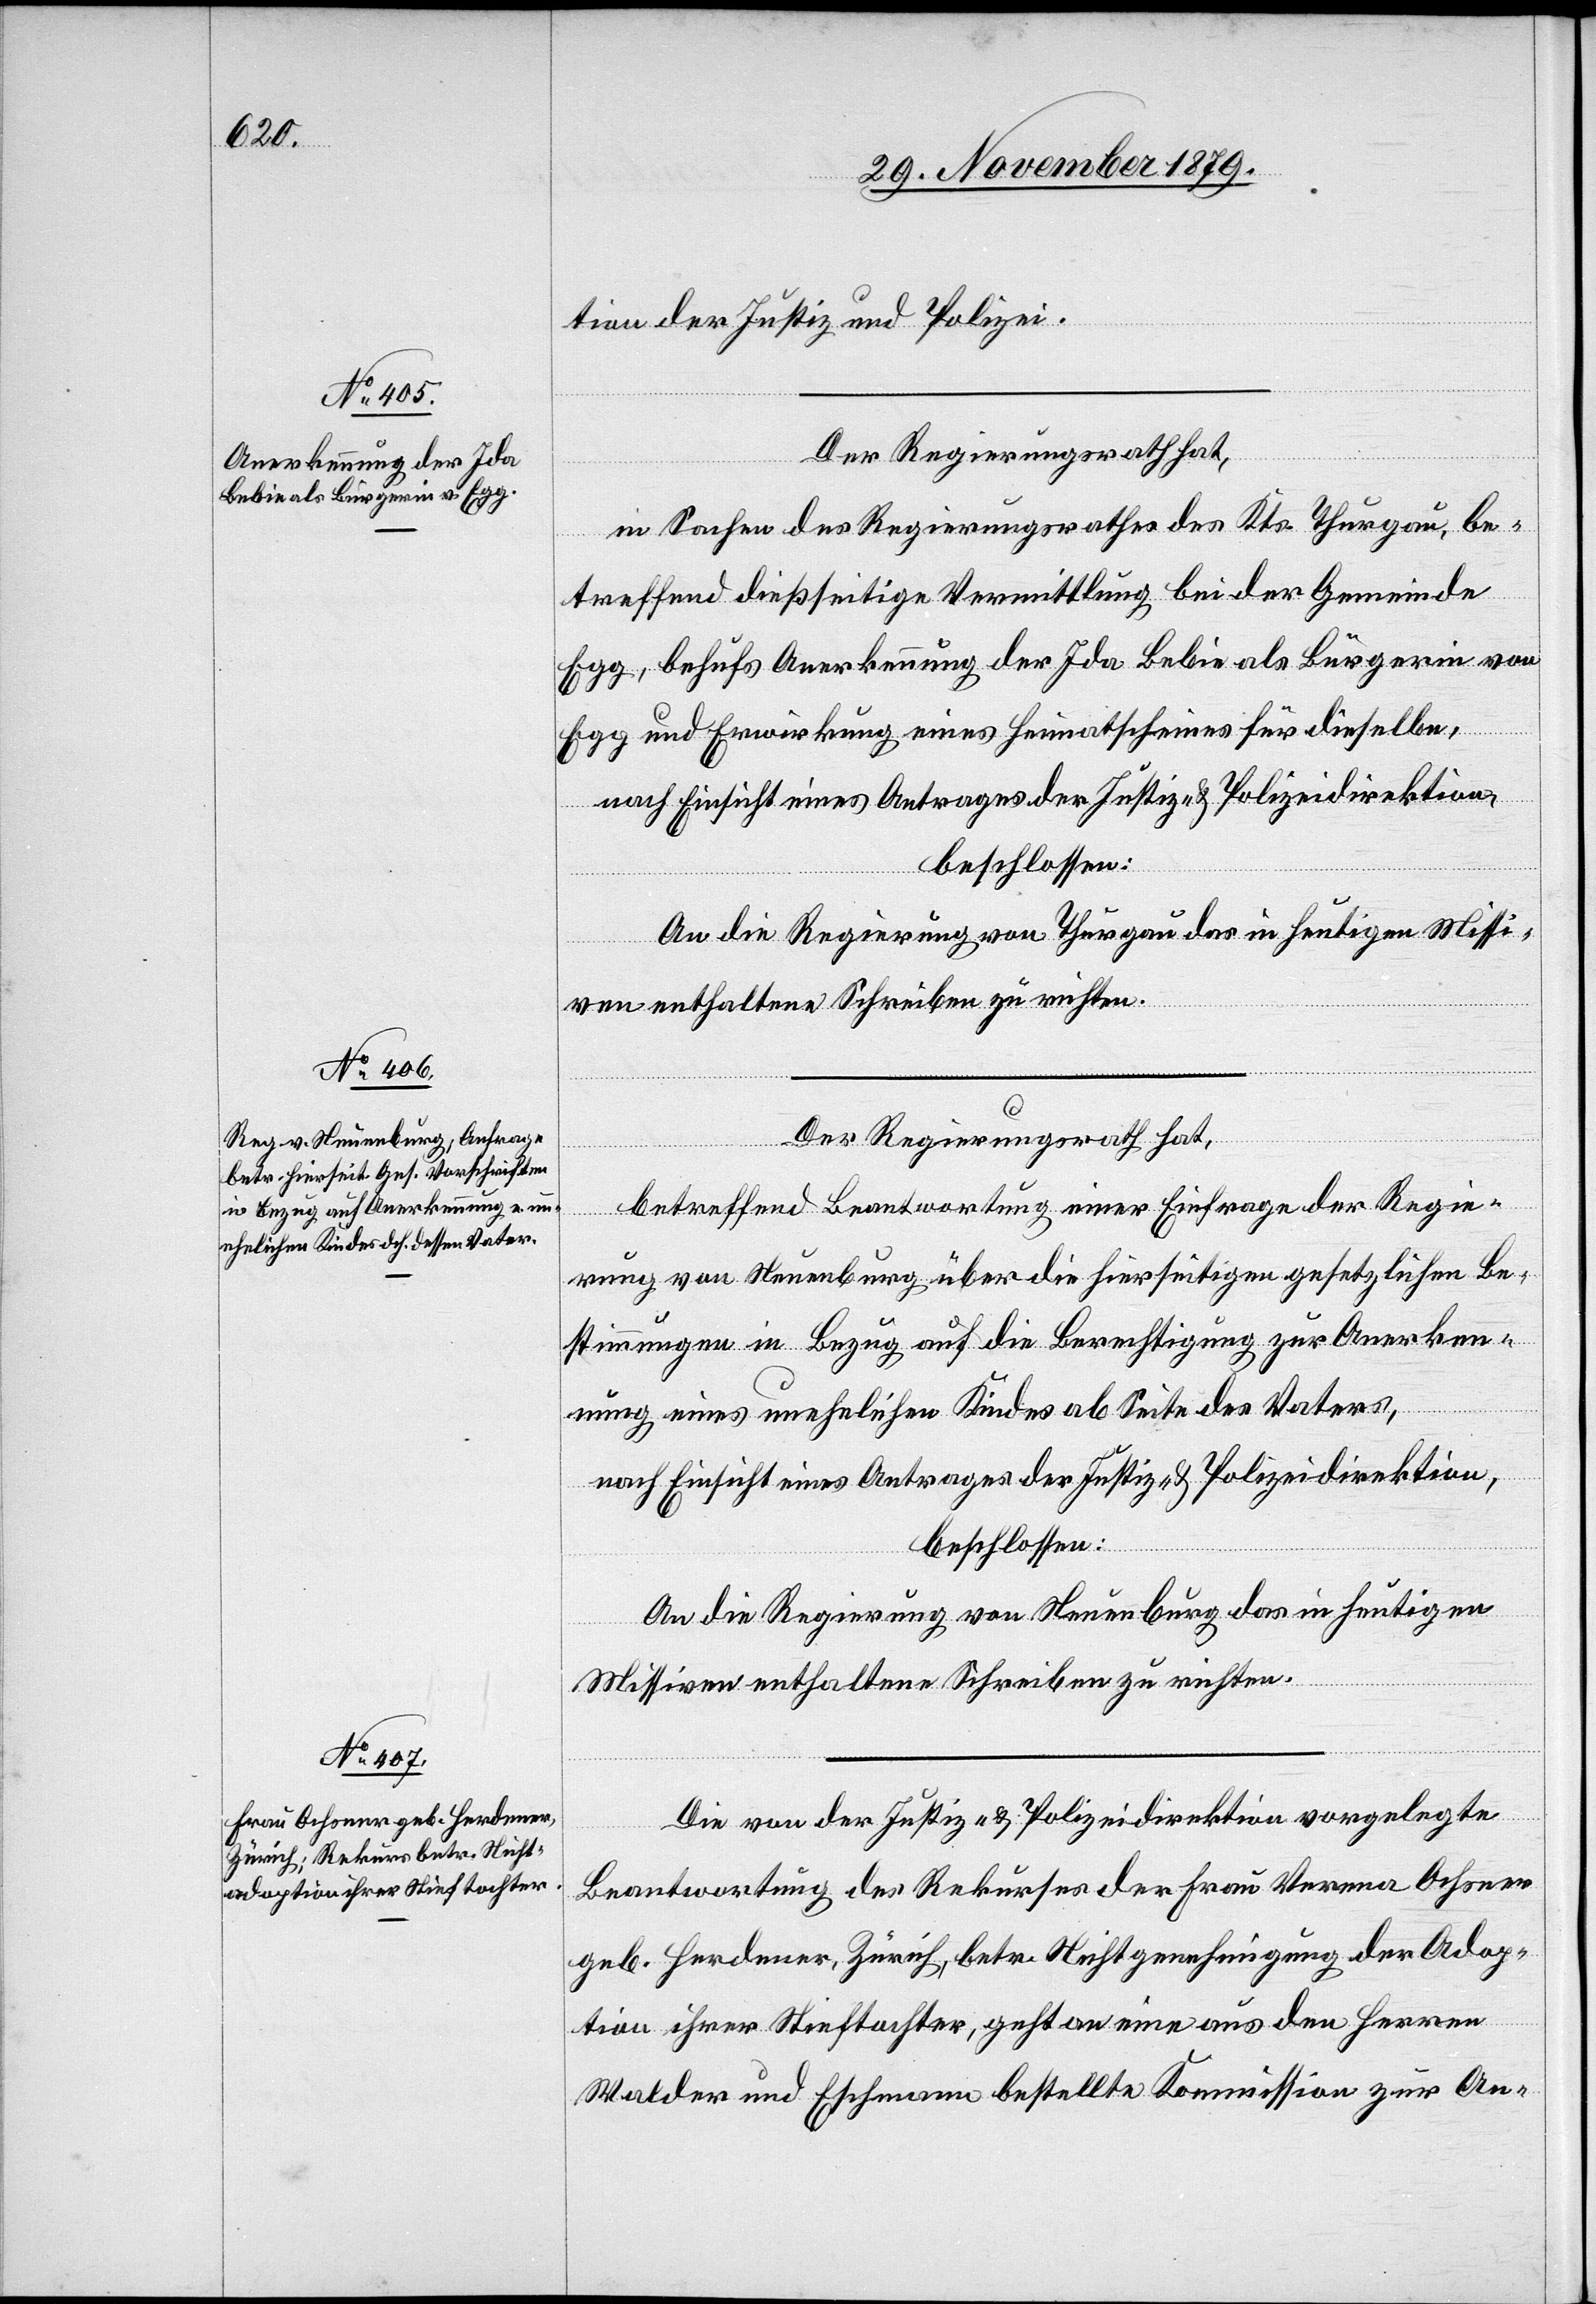
tion der Justiz und Polizei.
Der Regierungsrath hat,
in Sachen des Regierungsrathes des Kts. Thurgau, be¬
treffend dießseitige Vermittlung bei der Gemeinde
Egg, behufs Anerkennung der Ida Bebin als Bürgerin von
Egg und Erwirkung eines Heimatscheines für dieselbe,
nach Einsicht eines Antrages der Justiz- & Polizeidirektion,
beschlossen:
An die Regierung Thurgau das in heutigen Missi¬
ven enthaltene Schreiben zu richten.
Der Regierungsrath hat,
betreffend Beantwortung einer Einfrage der Regie¬
rung von Neuenburg über die hierseitigen gesetzlichen Be¬
stimmungen in Bezug auf die Berechtigung zur Anerken¬
nung eines unehelichen Kindes ab Seite des Vaters,
nach Einsicht eines Antrages der Justiz- & Polizeidirektion,
beschlossen:
An die Regierung von Neuenburg das in heutigen
Missiven enthaltene Schreiben zu richten.
Die von der Justiz- & Polizeidirektion vorgelegte
Beantwortung des Rekurses der Frau Verena Ochsner
geb. Herdener, Zürich, betr. Nichtgenehmigung der Adop¬
tion ihrer Stieftochter, geht an eine aus den Herren
Walder und Eschmann bestellte Kommission zur An-